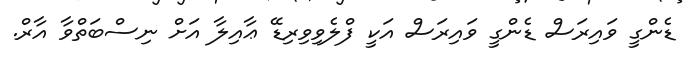
ޑެންގީ ވައިރަސް ޑެންގީ ވައިރަސް އަކީ ފްލެވިވިރިޑޭ ޢާއިލާ އަށް ނިސްބަތްވާ އާރް.